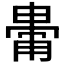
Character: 𤲥